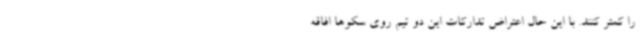
را کمتر کنند. با این حال اعتراض تدارکات این دو تیم روی سکوها افاقه